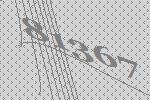
81367